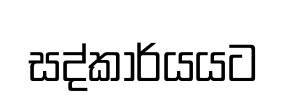
සද්කාර්යයට